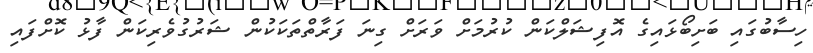
ހިސާބުގައި ބަށިބޯޅައިގެ އޮފިޝަލްކަން ކުރުމަށް ވަރަށް ގިނަ ފަރާތްތަކަކުން ޝަރުގުވެރިކަން ފާޅު ކޮށްފައި